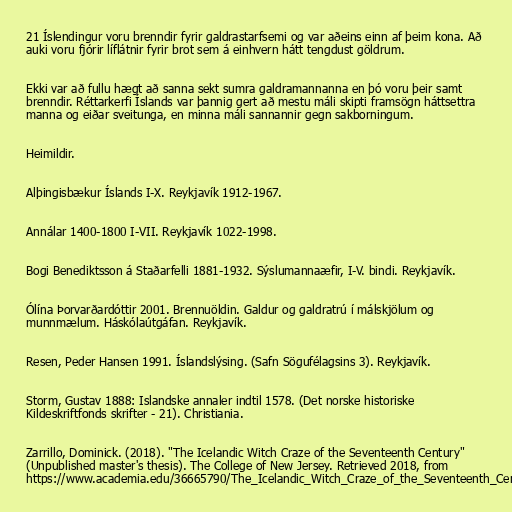
21 Íslendingur voru brenndir fyrir galdrastarfsemi og var aðeins einn af þeim kona. Að
auki voru fjórir líflátnir fyrir brot sem á einhvern hátt tengdust göldrum.

Ekki var að fullu hægt að sanna sekt sumra galdramannanna en þó voru þeir samt
brenndir. Réttarkerfi Íslands var þannig gert að mestu máli skipti framsögn háttsettra
manna og eiðar sveitunga, en minna máli sannannir gegn sakborningum.

Heimildir.

Alþingisbækur Íslands I-X. Reykjavík 1912-1967.

Annálar 1400-1800 I-VII. Reykjavík 1022-1998.

Bogi Benediktsson á Staðarfelli 1881-1932. Sýslumannaæfir, I-V. bindi. Reykjavík.

Ólína Þorvarðardóttir 2001. Brennuöldin. Galdur og galdratrú í málskjölum og
munnmælum. Háskólaútgáfan. Reykjavík.

Resen, Peder Hansen 1991. Íslandslýsing. (Safn Sögufélagsins 3). Reykjavík.

Storm, Gustav 1888: Islandske annaler indtil 1578. (Det norske historiske
Kildeskriftfonds skrifter - 21). Christiania.

Zarrillo, Dominick. (2018). "The Icelandic Witch Craze of the Seventeenth Century"
(Unpublished master's thesis). The College of New Jersey. Retrieved 2018, from
https://www.academia.edu/36665790/The_Icelandic_Witch_Craze_of_the_Seventeenth_Century